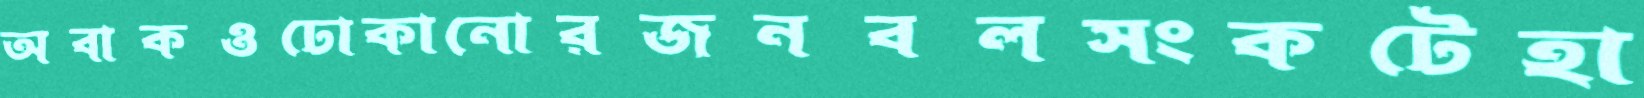
অবাকওঢোকানোরজনবলসংকটেহা